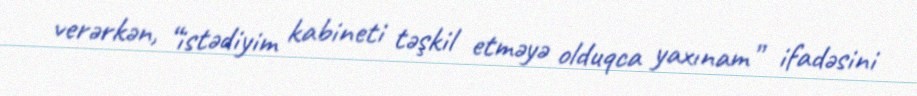
verərkən, “istədiyim kabineti təşkil etməyə olduqca yaxınam” ifadəsini